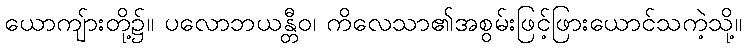
ယောကျ်ားတို့၌။ ပလောဘယန္တီဝ၊ ကိလေသာ၏အစွမ်းဖြင့်ဖြားယောင်သကဲ့သို့။